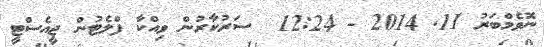
ނޮވެމްބަރު 11